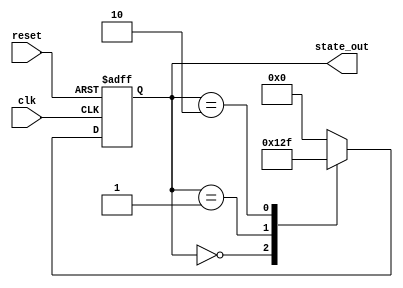
module PreConfiguredStateInitialization (
    input wire clk,              // Clock signal
    input wire reset,            // Reset signal (active high)
    output reg [3:0] state_out   // State output (4-bit vector)
);

// Internal states definition (using 4-bit registers)
reg [3:0] current_state;

// Predefined initial values for states
parameter IDLE_STATE      = 4'b0000;
parameter ACTIVE_STATE_1  = 4'b0001;
parameter ACTIVE_STATE_2  = 4'b0010;
parameter FINAL_STATE     = 4'b1111;

// Initialization Logic
always @(posedge clk or posedge reset) begin
    if (reset) begin
        // On reset, initialize the current state to predefined value
        current_state <= IDLE_STATE; // Initial state configuration
    end else begin
        // State transition logic - example of state updates
        case (current_state)
            IDLE_STATE: current_state <= ACTIVE_STATE_1;
            ACTIVE_STATE_1: current_state <= ACTIVE_STATE_2;
            ACTIVE_STATE_2: current_state <= FINAL_STATE;
            FINAL_STATE: current_state <= IDLE_STATE; // Loop back to initial state
            default: current_state <= IDLE_STATE; // Default to idle
        endcase
    end
end

// Output the current state
always @(current_state) begin
    state_out = current_state;  // Update output with current state
end

endmodule